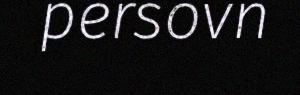
persovn